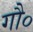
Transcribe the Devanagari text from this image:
गौ०